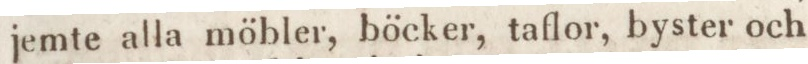
jemte alla möbler, böcker, taflor, byster och